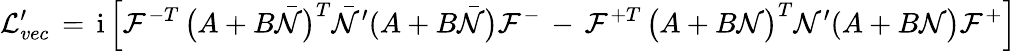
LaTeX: {\cal L}_{vec}^{\prime}\, =\, \mathrm{i}\, \Bigl[{\cal F}^{-T}\, \bigl(A+B{\bar{\cal N}}\bigr)^{T}{\bar{\cal N}}^{\prime}(A+B{\bar{\cal N}}\bigr){\cal F}^{-}\, -\, {\cal F}^{+T}\, \bigl(A+B{\cal N}\bigr)^{T}{\cal N}^{\prime}(A+B{\cal N}\bigr){\cal F}^{+}\Bigr]